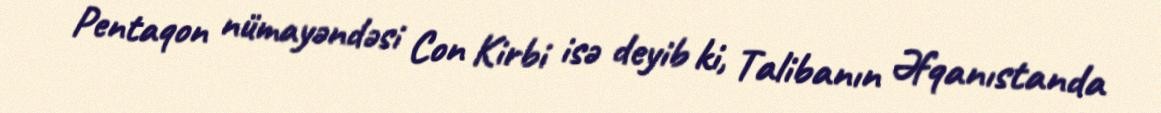
Pentaqon nümayəndəsi Con Kirbi isə deyib ki, Talibanın Əfqanıstanda